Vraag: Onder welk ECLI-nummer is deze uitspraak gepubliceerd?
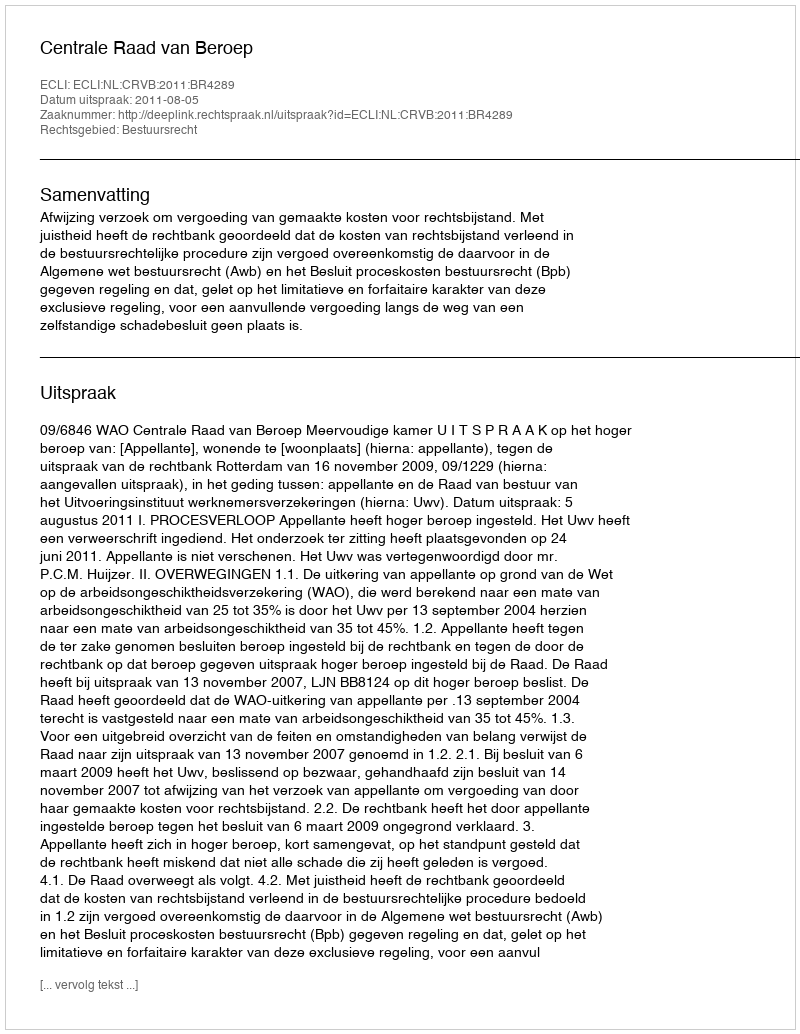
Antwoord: ECLI:NL:CRVB:2011:BR4289